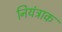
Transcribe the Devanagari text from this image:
नियंत्राक